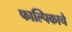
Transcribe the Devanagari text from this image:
फाल्पिकाचे